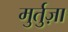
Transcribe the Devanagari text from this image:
मुर्तुज़ा